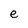
Character: e